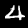
Label: 4